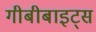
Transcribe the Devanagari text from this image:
गीबीबाइट्स